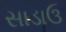
સાડાઉ